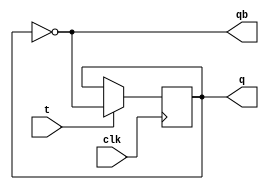
module tff(t,q,qb,clk);
  input t,clk;
  output q,qb;
  reg q,qb;
  initial q=0;
always@(posedge clk)begin
    if(t==1)
      q=~q;
    else
      q=q;
    end
    assign
      qb=~q;
endmodule